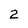
Character: 2